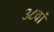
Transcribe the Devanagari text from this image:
३८वां